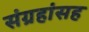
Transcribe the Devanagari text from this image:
संग्रहांसह